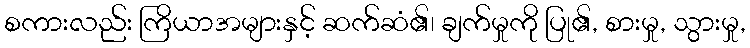
စကားလည်း ကြိယာအများနှင့် ဆက်ဆံ၏၊ ချက်မှုကို ပြု၏, စားမှု, သွားမှု,